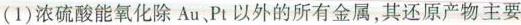
(1)浓硫酸能氧化除Au、Pt以外的所有金属，其还原产物主要